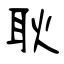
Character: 耿